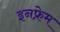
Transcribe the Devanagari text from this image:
इनफ्रेम